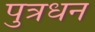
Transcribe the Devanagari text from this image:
पुत्रधन